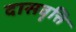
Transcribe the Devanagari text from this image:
दासवृत्ति